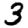
Digit: 3